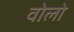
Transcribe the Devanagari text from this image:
वोलो